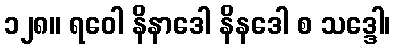
၁၂၈။ ရဝေါ နိနာဒေါ နိနဒေါ စ သဒ္ဒေါ၊